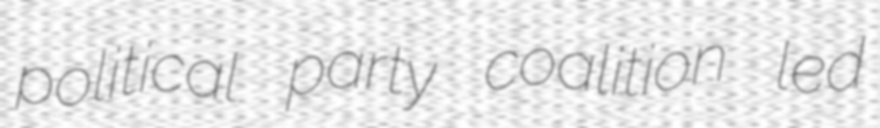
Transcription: political party coalition led